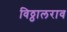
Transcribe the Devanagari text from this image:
विठ्ठालराव